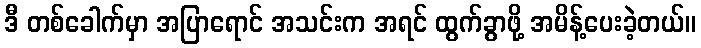
ဒီ တစ်ခေါက်မှာ အပြာရောင် အသင်းက အရင် ထွက်ခွာဖို့ အမိန့်ပေးခဲ့တယ်။